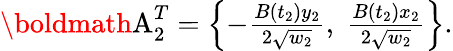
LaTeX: \begin{array}{r}{\textnormal{\boldmath A}_{2}^{T}=\left\{ -\frac{B(t_{2})y_{2}}{2\sqrt{w_{2}}},\; \frac{B(t_{2})x_{2}}{2\sqrt{w_{2}}}\right\} .}\end{array}